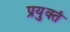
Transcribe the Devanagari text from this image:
प्रयुक्तं